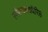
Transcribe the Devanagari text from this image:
स्वैरप्यवयवैरिह